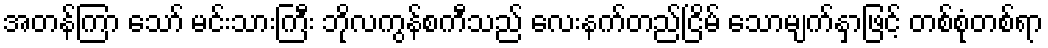
အတန်ကြာ သော် မင်းသားကြီး ဘိုလကွန်စကီသည် လေးနက်တည်ငြိမ် သောမျက်နှာဖြင့် တစ်စုံတစ်ရာ